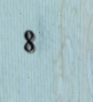
8